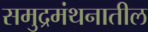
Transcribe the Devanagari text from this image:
समुद्रमंथनातील